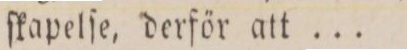
ſkapelſe, derför att ...